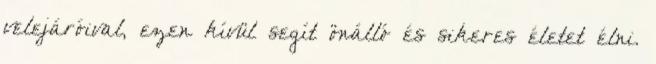
velejáróival, ezen kívül segít önálló és sikeres életet élni.